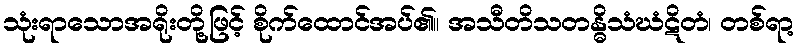
သုံးရာသောအရိုးတို့ဖြင့် စိုက်ထောင်အပ်၏။ အသီတိသတန္ဓိသံဃံဋိတံ၊ တစ်ရာ့